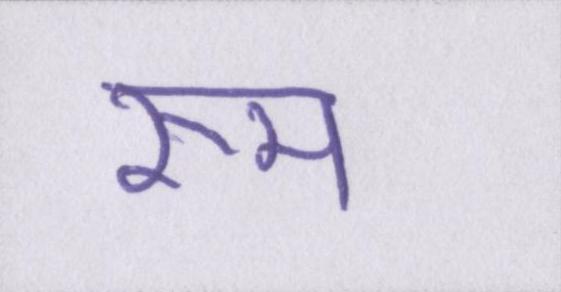
रूम